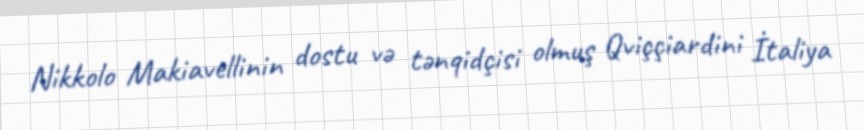
Nikkolo Makiavellinin dostu və tənqidçisi olmuş Qviççiardini İtaliya